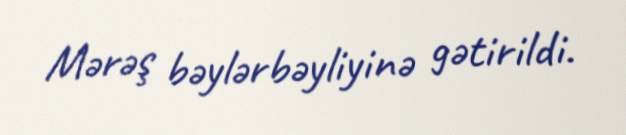
Mərəş bəylərbəyliyinə gətirildi.